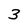
Character: 3